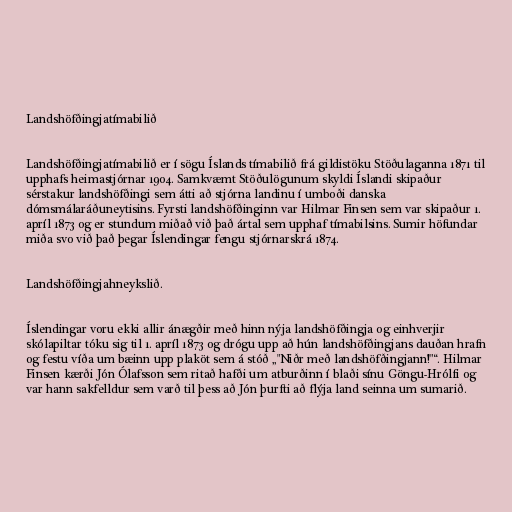
Landshöfðingjatímabilið

Landshöfðingjatímabilið er í sögu Íslands tímabilið frá gildistöku Stöðulaganna 1871 til
upphafs heimastjórnar 1904. Samkvæmt Stöðulögunum skyldi Íslandi skipaður
sérstakur landshöfðingi sem átti að stjórna landinu í umboði danska
dómsmálaráðuneytisins. Fyrsti landshöfðinginn var Hilmar Finsen sem var skipaður 1.
apríl 1873 og er stundum miðað við það ártal sem upphaf tímabilsins. Sumir höfundar
miða svo við það þegar Íslendingar fengu stjórnarskrá 1874.

Landshöfðingjahneykslið.

Íslendingar voru ekki allir ánægðir með hinn nýja landshöfðingja og einhverjir
skólapiltar tóku sig til 1. apríl 1873 og drógu upp að hún landshöfðingjans dauðan hrafn
og festu víða um bæinn upp plaköt sem á stóð „"Niðr með landshöfðingjann!"“. Hilmar
Finsen kærði Jón Ólafsson sem ritað hafði um atburðinn í blaði sínu Göngu-Hrólfi og
var hann sakfelldur sem varð til þess að Jón þurfti að flýja land seinna um sumarið.